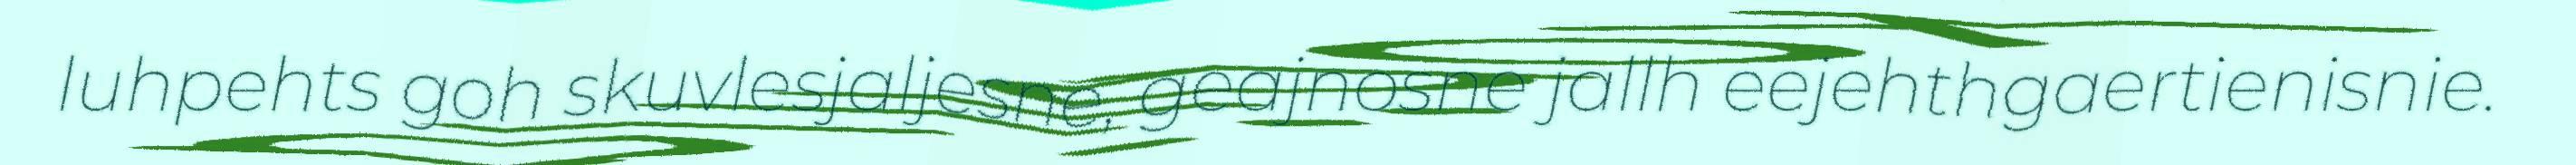
luhpehts goh skuvlesjaljesne, geajnosne jallh eejehthgaertienisnie.